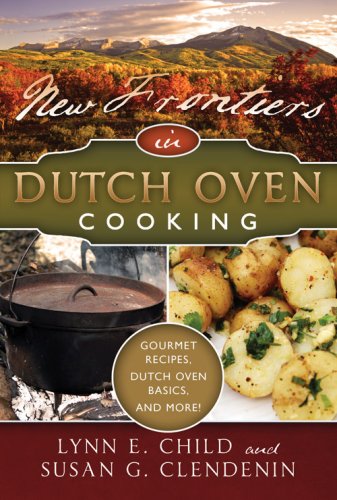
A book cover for New Frontiers in Dutch Oven Cooking; Lynn E. Child; Cookbooks, Food & Wine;